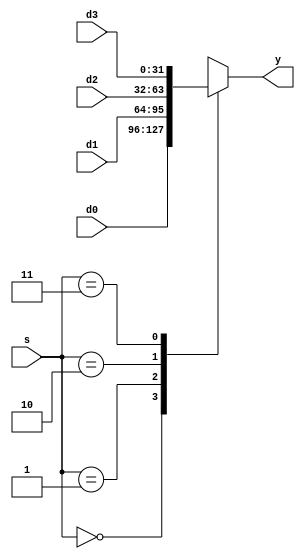
//mux4
module mux_Word4 #(parameter WIDTH = 32)
				(d0,d1,d2,d3,
				 s,y);
		input		[WIDTH-1:0] d0,d1,d2,d3;
		input		[1:0]			s;
		output		[WIDTH-1:0]	y;
		
		reg			[WIDTH-1:0]	y_temp;
		
		always @(*) begin
			case(s)
				2'b00: y_temp = d0;
				2'b01: y_temp = d1;
				2'b10: y_temp = d2;
				2'b11: y_temp = d3;
				default: ;
			endcase
		end // end always
		
		assign  y = y_temp;
endmodule

//mux2
module mux_Word2 #(parameter WIDTH = 32)
				(d0,d1,
				 s,y);
		input		[WIDTH-1:0] d0,d1;
		input						s;
		output	[WIDTH-1:0]	y;
		
		assign  y = (s==1'b1)? d1:d0;
		
endmodule

module mux_Word2_28 #(parameter WIDTH = 28)
				(d0,d1,
				 s,y);
		input		[WIDTH-1:0] d0,d1;
		input						s;
		output	[WIDTH-1:0]	y;
		
		assign  y = (s==1'b1)? d1:d0;
		
endmodule